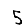
Digit: 5